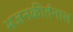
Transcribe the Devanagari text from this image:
भजनकीर्तनास